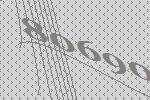
80690